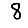
Digit: 8